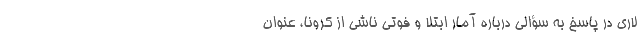
لاری در پاسخ به سؤالی درباره آمار ابتلا و فوتی ناشی از کرونا، عنوان